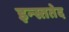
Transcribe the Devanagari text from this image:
इन्स्ततेद